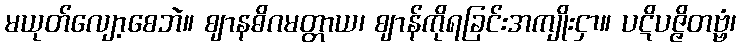
မယုတ်လျော့စေဘဲ။ ဈာနဓိဂမတ္တာယ၊ ဈာန်ကိုရခြင်းအကျိုးငှာ။ ပဋိပဇ္ဇိတဗ္ဗံ၊